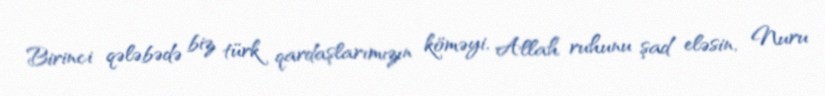
Birinci qələbədə biz türk qardaşlarımızın köməyi, Allah ruhunu şad eləsin, Nuru